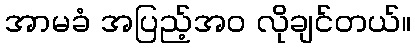
အာမခံ အပြည့်အဝ လိုချင်တယ်။